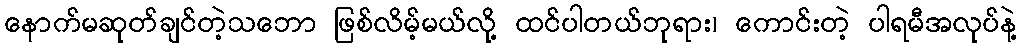
နောက်မဆုတ်ချင်တဲ့သဘော ဖြစ်လိမ့်မယ်လို့ ထင်ပါတယ်ဘုရား၊ ကောင်းတဲ့ ပါရမီအလုပ်နဲ့